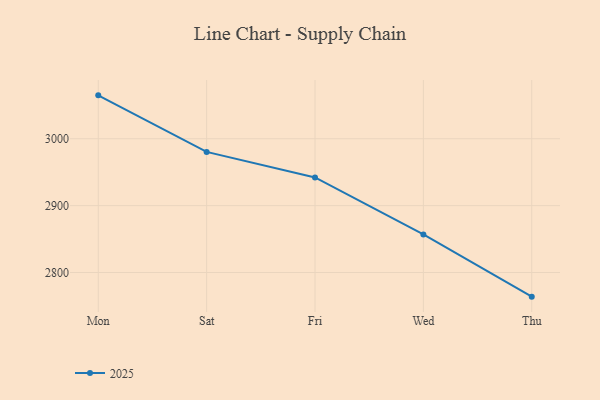
{"axis": {"x": "Day", "y": "Satisfaction Score"}, "legend": ["2025"], "data": [{"x": "Mon", "y": 3064.9, "type": "2025"}, {"x": "Sat", "y": 2980.3, "type": "2025"}, {"x": "Fri", "y": 2942.2, "type": "2025"}, {"x": "Wed", "y": 2856.9, "type": "2025"}, {"x": "Thu", "y": 2763.9, "type": "2025"}]}